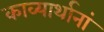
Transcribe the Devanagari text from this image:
काव्यार्थानां